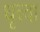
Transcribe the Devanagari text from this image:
धृत्वा